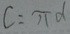
c = \pi d